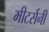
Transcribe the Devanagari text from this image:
मीटर्सनी